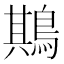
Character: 䳢